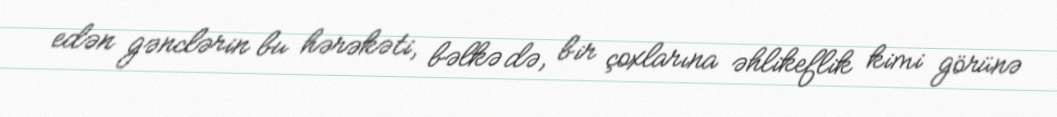
edən gənclərin bu hərəkəti, bəlkə də, bir çoxlarına əhlikeflik kimi görünə